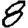
Digit: 8